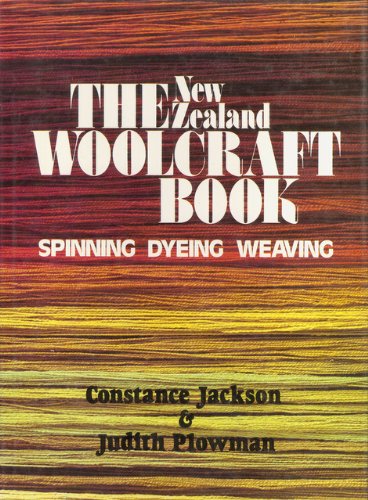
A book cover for The New Zealand Woolcraft Book:  Spinning, Dying, Weaving; Constance Jackson; Crafts, Hobbies & Home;